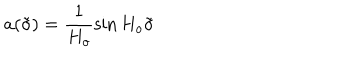
a ( \tilde { \sigma } ) = \frac { 1 } { H _ { o } } \sin H _ { o } \tilde { \sigma }